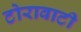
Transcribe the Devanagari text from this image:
टोरावाटी